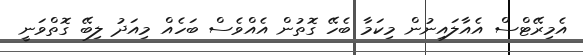
އެމިރޭޓްސް އެއާލައިނުން މިކަމާ ބެހޭ ގޮތުން އެއްވެސް ބަހެއް މިއަދު ލިބޭ ގޮތްވަނީ